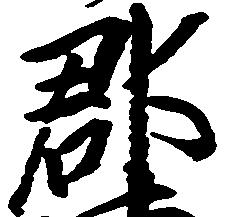
郡